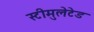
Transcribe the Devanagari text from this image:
स्टीमुलेटेड